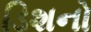
ડિશનો